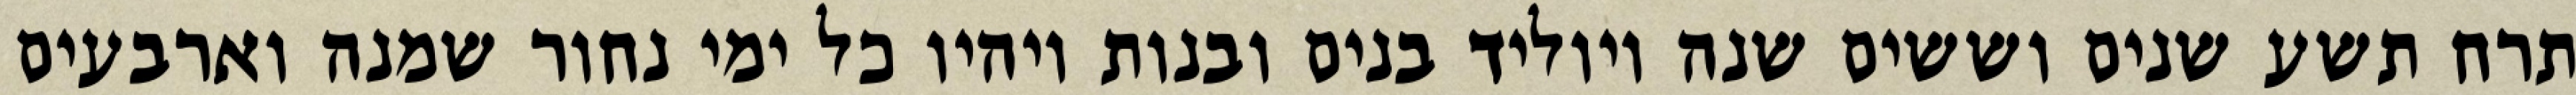
תרח תשע שנים וששים שנה ויוליד בנים ובנות ויהיו כל ימי נחור שמנה וארבעים